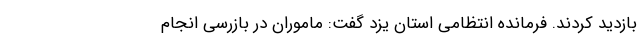
بازدید کردند. فرمانده انتظامی استان یزد گفت: ماموران در بازرسی انجام